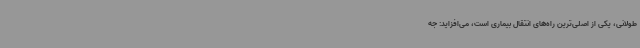
طولانی، یکی از اصلی‌ترین راه‌های انتقال بیماری است، می‌افزاید: جه